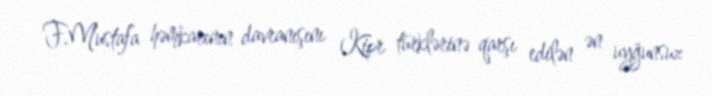
F.Mustafa həmkarının davranışını Kipr türklərinə qarşı edilən ən uyğunsuz